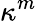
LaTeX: \kappa^{m}